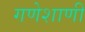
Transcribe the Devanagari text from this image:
गणेशाणी